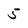
Character: 5